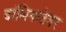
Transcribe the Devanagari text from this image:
दांभिकतेवर